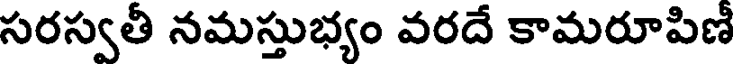
సరస్వతీ నమస్తుభ్యం వరదే కామరూపిణీ